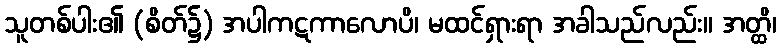
သူတစ်ပါး၏ (စိတ်၌) အပါကဋကာလောပိ၊ မထင်ရှားရာ အခါသည်လည်း။ အတ္ထိ၊